Insane asylums in Bengal annual reports 1867-1875 - 1867-1875
Year: 1867
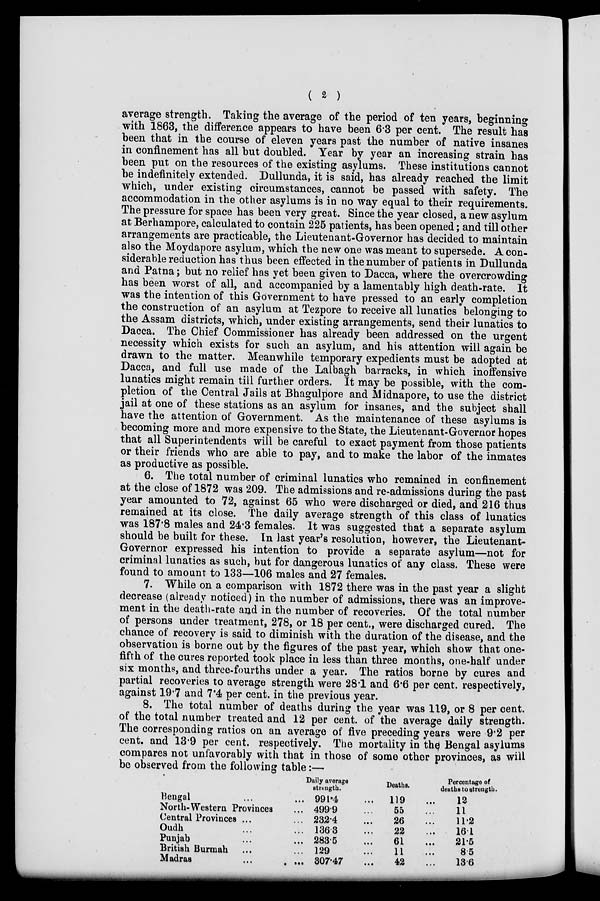
( 2 )
average strength. Taking the average of the period of ten years, beginning
with 1863, the difference appears to have been 6.3 per cent. The result has
been that in the course of eleven years past the number of native insanes
in confinement has all but doubled. Year by year an increasing strain has
been put on the resources of the existing asylums. These institutions cannot
be indefinitely extended. Dullunda, it is said, has already reached the limit
which, under existing circumstances, cannot be passed with safety. The
accommodation in the other asylums is in no way equal to their requirements.
The pressure for space has been very great. Since the year closed, a new asylum
at Berhampore, calculated to contain 225 patients, has been opened; and till other
arrangements are practicable, the Lieutenant-Governor has decided to maintain
also the Moydapore asylum, which the new one was meant to supersede. A con-
siderable reduction has thus been effected in the number of patients in Dullunda
and Patna; but no relief has yet been given to Dacca, where the overcrowding
has been worst of all, and accompanied by a lamentably high death-rate. It
was the intention of this Government to have pressed to an early completion
the construction of an asylum at Tezpore to receive all lunatics belonging to
the Assam districts, which, under existing arrangements, send their lunatics to
Dacca. The Chief Commissioner has already been addressed on the urgent
necessity which exists for such an asylum, and his attention will again be
drawn to the matter. Meanwhile temporary expedients must be adopted at
Dacca, and full use made of the Lalbagh barracks, in which inoffensive
lunatics might remain till further orders. It may be possible, with the com-
pletion of the Central Jails at Bhagulpore and Midnapore, to use the district
jail at one of these stations as an asylum for insanes, and the subject shall
have the attention of Government. As the maintenance of these asylums is
becoming more and more expensive to the State, the Lieutenant-Governor hopes
that all Superintendents will be careful to exact payment from those patients
or their friends who are able to pay, and to make the labor of the inmates
as productive as possible.
6. The total number of criminal lunatics who remained in confinement
at the close of 1872 was 209. The admissions and re-admissions during the past
year amounted to 72, against 65 who were discharged or died, and 216 thus
remained at its close. The daily average strength of this class of lunatics
was 187.8 males and 24.3 females. It was suggested that a separate asylum
should be built for these. In last year's resolution, however, the Lieutenant-
Governor expressed his intention to provide a separate asylum—not for
criminal lunatics as such, but for dangerous lunatics of any class. These were
found to amount to 133—106 males and 27 females.
7. While on a comparison with 1872 there was in the past year a slight
decrease (already noticed) in the number of admissions, there was an improve-
ment in the death-rate and in the number of recoveries. Of the total number
of persons under treatment, 278, or 18 per cent., were discharged cured. The
chance of recovery is said to diminish with the duration of the disease, and the
observation is borne out by the figures of the past year, which show that one-
fifth of the cures reported took place in less than three months, one-half under
six months, and three-fourths under a year. The ratios borne by cures and
partial recoveries to average strength were 28.1 and 6.6 per cent. respectively,
against 19.7 and 7.4 per cent. in the previous year.
8. The total number of deaths during the year was 119, or 8 per cent.
of the total number treated and 12 per cent. of the average daily strength.
The corresponding ratios on an average of five preceding years were 9.2 per
cent. and 13.9 per cent. respectively. The mortality in the Bengal asylums
compares not unfavorably with that in those of some other provinces, as will
be observed from the following table:—
Bengal ... ...
North-Western Provinces ...
Central Provinces ... ...
Oudh ... ...
Punjab ... ...
British Burmah ... ...
Madras
...
...
Daily average
strength.
991.4 ...
499.9 ...
232.4 ...
136.3 ...
283.5 ...
129 ...
307.47 ...
Deaths.
119 ...
55 ...
26 ...
22 ...
61 ...
11 ...
42 ...
Percentage of
deaths to strength.
12
11
11.2
16.1
21.5
8.5
13.6